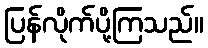
ပြန်လိုက်ပို့ကြသည်။